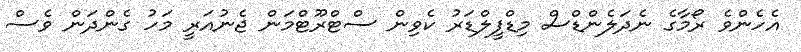
އެހެންވެ ރޯމާގެ ނެދަލެންޑްސް މިޑްފީލްޑަރު ކެވިން ސްޓްރޫޓްމަން ޖެނުއަރީ މަހު ގެންދަން ވެސް